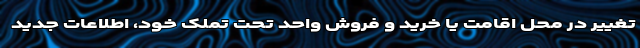
تغییر در محل اقامت یا خرید و فروش واحد تحت تملک خود، اطلاعات جدید